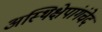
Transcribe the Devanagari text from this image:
अस्थिक्षेपांगंचेदं